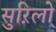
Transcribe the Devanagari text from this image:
सुऱिलो